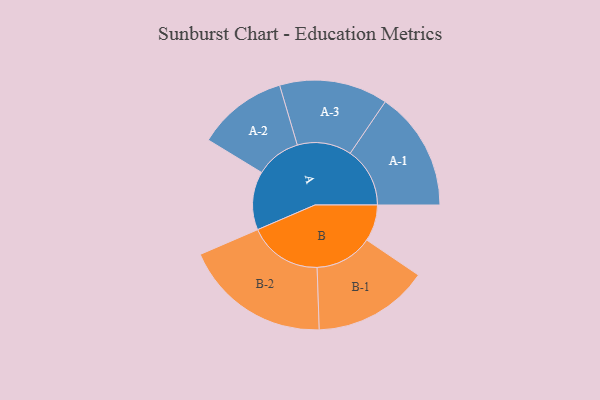
{"axis": {"x": "Segment", "y": "Value"}, "legend": ["", "A", "B"], "data": [{"x": "A", "y": 237, "type": ""}, {"x": "B", "y": 148, "type": ""}, {"x": "A-1", "y": 242, "type": "A"}, {"x": "A-2", "y": 183, "type": "A"}, {"x": "A-3", "y": 220, "type": "A"}, {"x": "B-1", "y": 234, "type": "B"}, {"x": "B-2", "y": 298, "type": "B"}]}